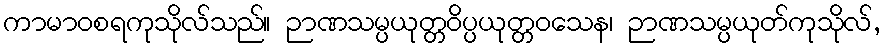
ကာမာဝစရကုသိုလ်သည်။ ဉာဏသမ္ပယုတ္တဝိပ္ပယုတ္တဝသေန၊ ဉာဏသမ္ပယုတ်ကုသိုလ်,